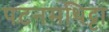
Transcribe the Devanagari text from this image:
पटनमथिट्टा